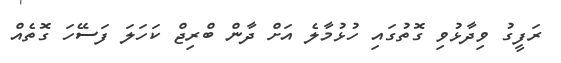
ރަފީގު ވިދާޅުވި ގޮތުގައި ހުޅުމާލެ އަށް ދާން ބްރިޖް ކަހަލަ ފަސޭހަ ގޮތެއް